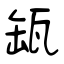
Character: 缻